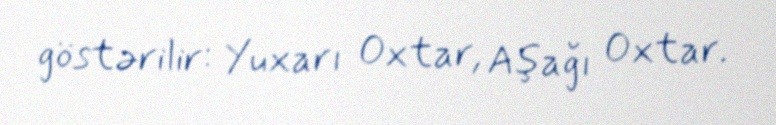
göstərilir: Yuxarı Oxtar, Aşağı Oxtar.